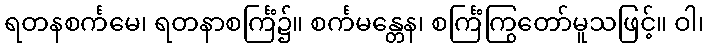
ရတနစင်္ကမေ၊ ရတနာစင်္ကြံ၌။ စင်္ကမန္တေန၊ စင်္ကြံကြွတော်မူသဖြင့်။ ဝါ၊